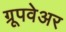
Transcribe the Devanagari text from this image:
ग्रूपवेअर